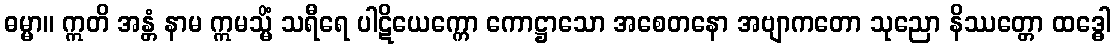
ဓမ္မာ။ ဣတိ အန္တံ နာမ ဣမသ္မိံ သရီရေ ပါဋိယေက္ကော ကောဋ္ဌာသော အစေတနော အဗျာကတော သုညော နိဿတ္တော ထဒ္ဓေါ